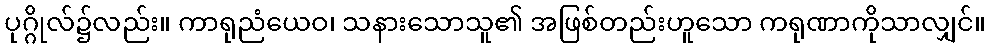
ပုဂ္ဂိုလ်၌လည်း။ ကာရုညံယေဝ၊ သနားသောသူ၏ အဖြစ်တည်းဟူသော ကရုဏာကိုသာလျှင်။